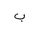
Letter: _ba